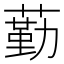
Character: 𦻵